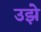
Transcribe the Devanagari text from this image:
उझे